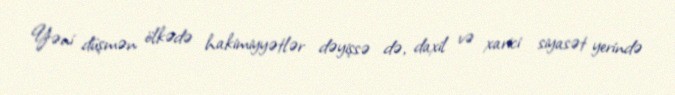
Yəni düşmən ölkədə hakimiyyətlər dəyişsə də, daxil və xarici siyasət yerində